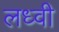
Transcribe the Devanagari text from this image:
लध्वी